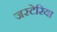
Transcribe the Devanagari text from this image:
जस्टेरिया